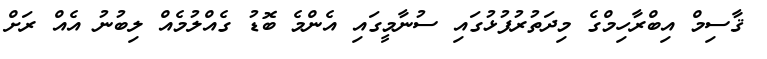
ޤާސިމް އިބްރާހިމްގެ މިދަތުރުފުޅުގައި ސުނާމީގައި އެންމެ ބޮޑު ގެއްލުމެއް ލިބުނު އެއް ރަށް